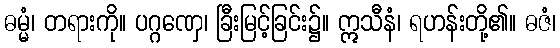
ဓမ္မံ၊ တရားကို။ ပဂ္ဂဏှေ၊ ခြီးမြင့်ခြင်း၌။ ဣသီနံ၊ ရဟန်းတို့၏။ ဓဇံ၊